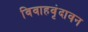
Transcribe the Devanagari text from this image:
विवाहवृंदावन